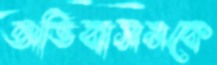
অভিবাসনকে